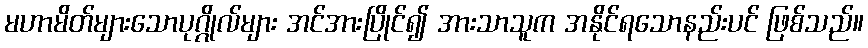
မဟာမိတ်များသောပုဂ္ဂိုလ်များ အင်အားပြိုင်၍ အားသာသူက အနိုင်ရသောနည်းပင် ဖြစ်သည်။